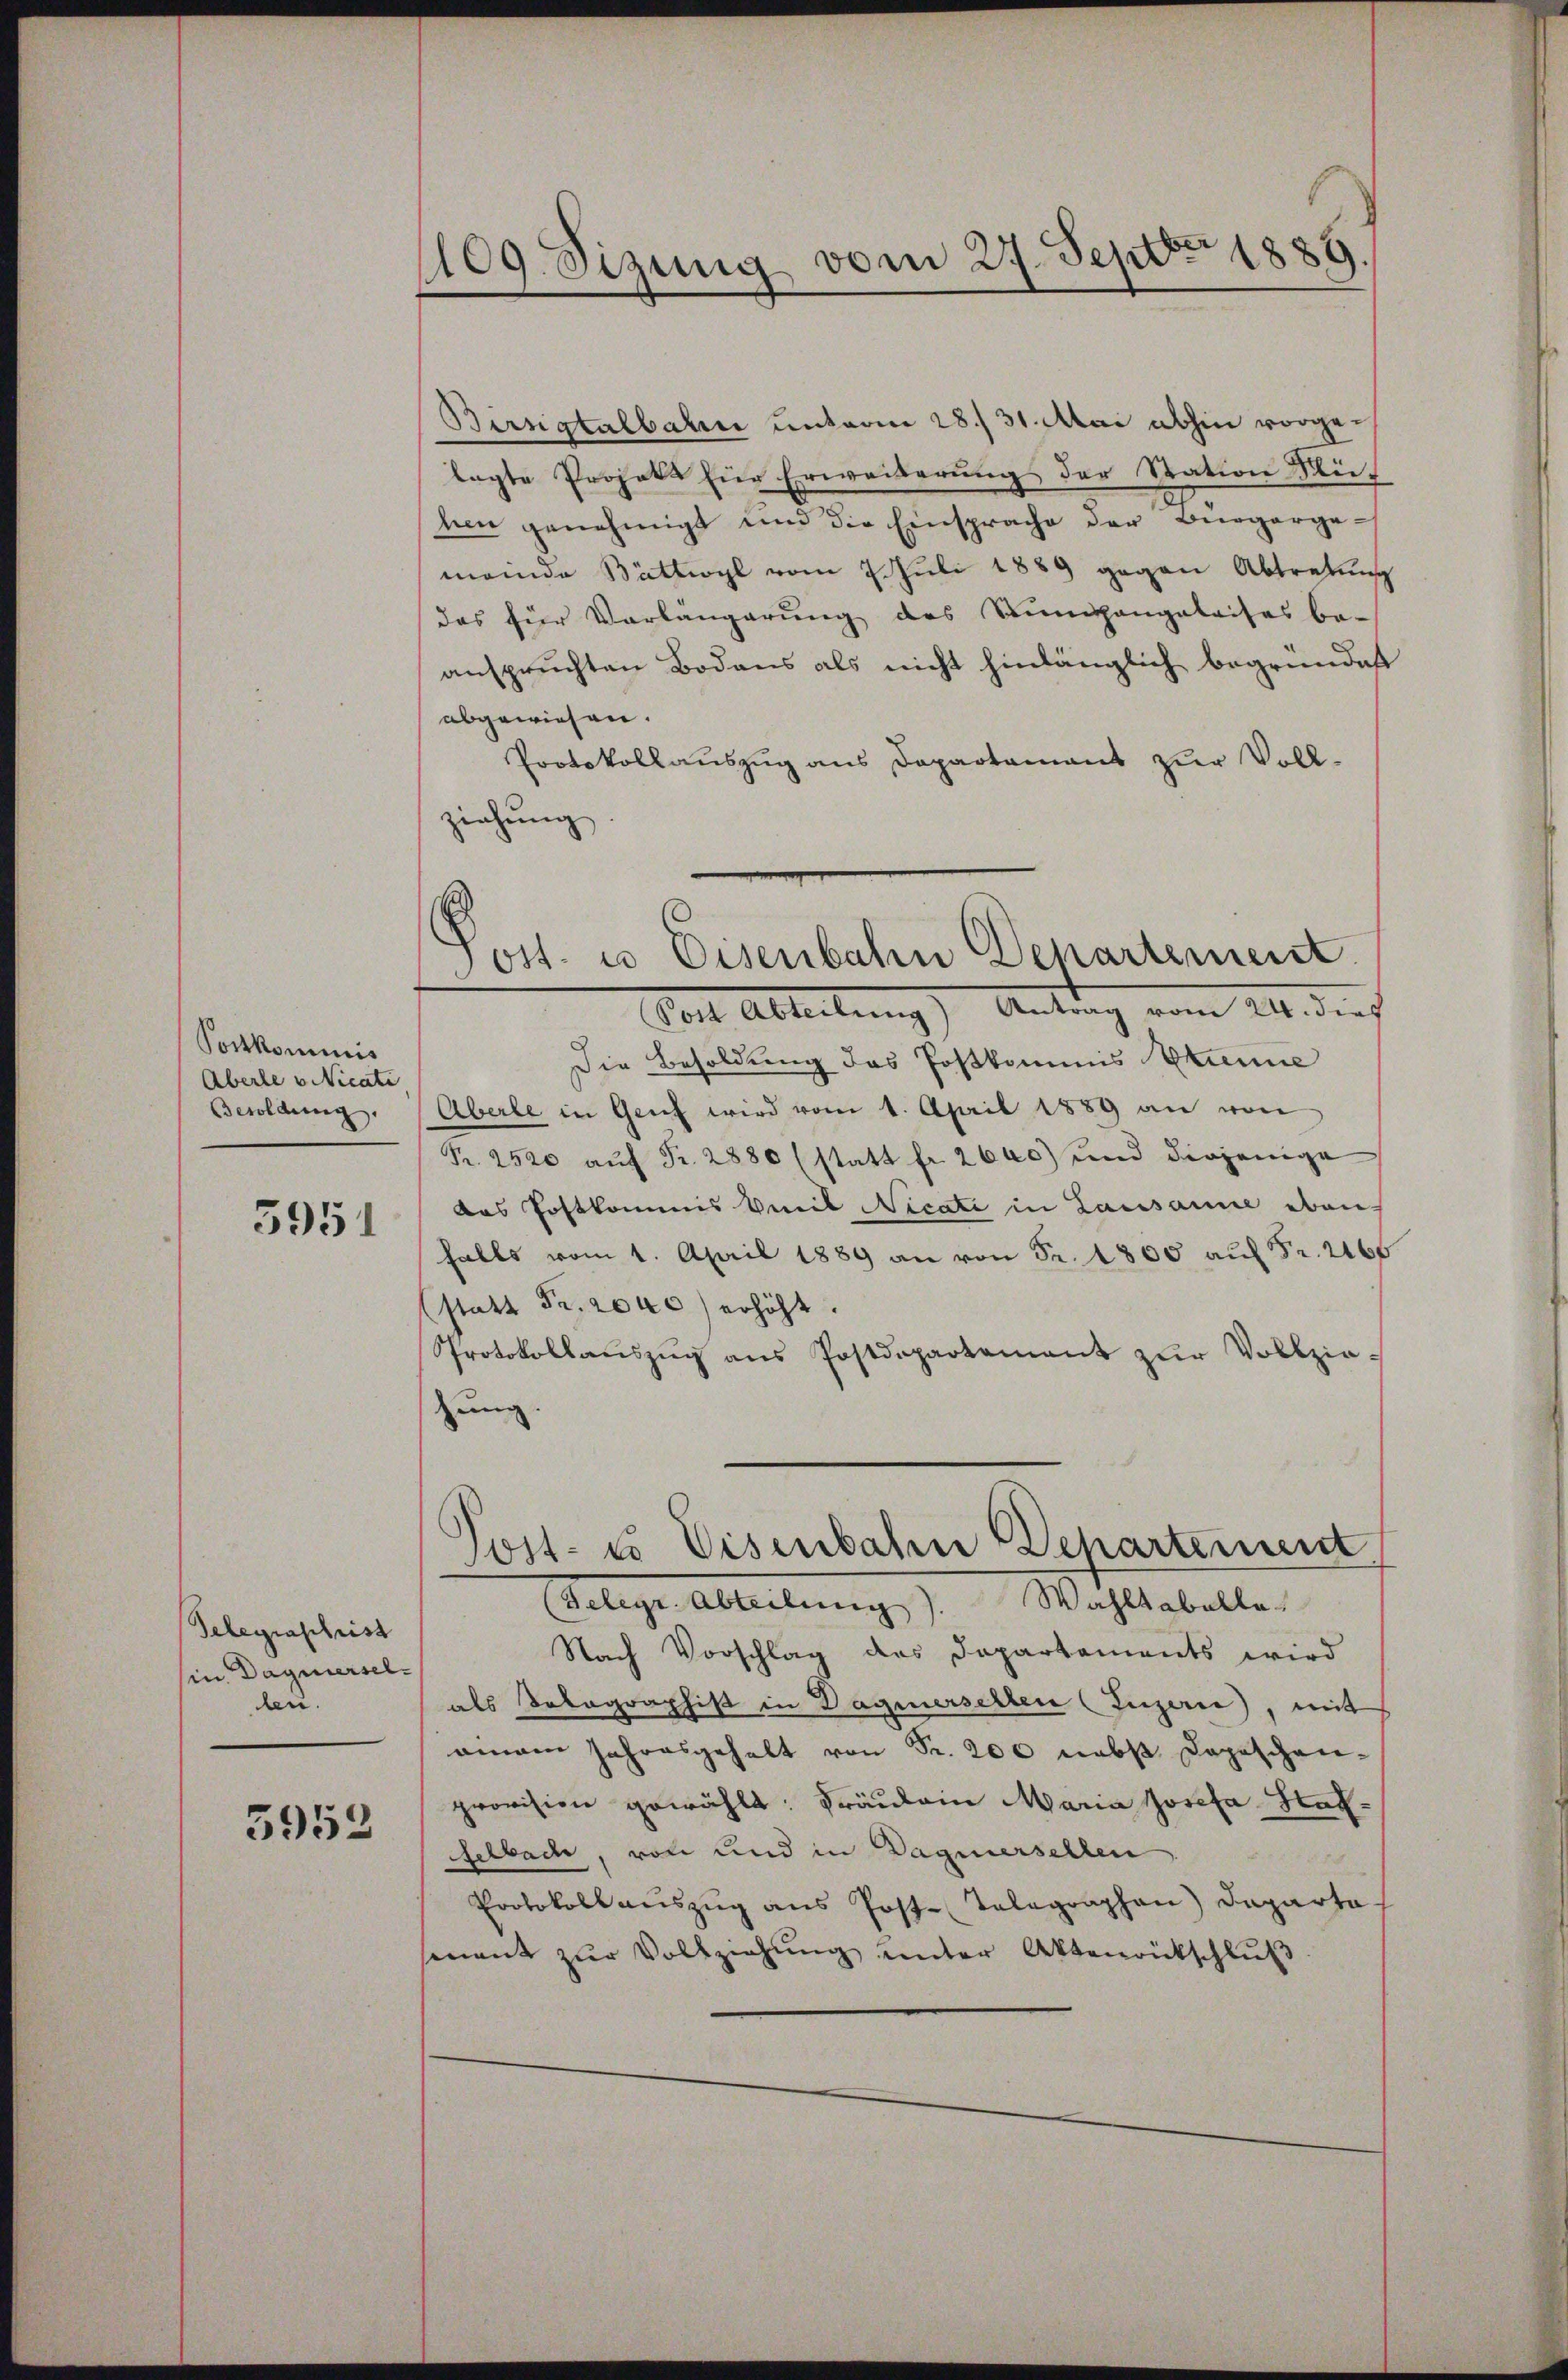
Porkommnis
Aberle vicati
Besoldung
5951

Telegraschrist
in Daquierselden.

5952

1109. Sizung vom 27. Septbr 1889.

Post. u Eisenbahn Departement.

Birrigtalbahn unterm 28./31. Mai abhin vorgelagte Projekt für Erweiterŭng der Station Muf
teen genehmigt und die Einsprache der Bürgergemende Bättwyl vom 2. Juli 1889 gegen Abtretung
das für Verlangerŭng des Sŭmangeleises be-
anspruchten Bodens als nicht hinlänglich begründet
abgewiesen.
Protokollauszug aus Departamant zur Vollziehung
Post Abteilung) Antrag vom 24. dies
Die Besoldung das Postkommis Brunne
Aberle in Genf wird vom 1. April 1889 an von
Pr. 2520 aŭf Fr. 2880 (statt fr. 2600) und diejenige
das Postkommis vil Nicati in Lausanne eben
falls vom 1. April 1889 an von Fr. 1800 auf Fr. 2166
(statt Fr. 2040) erhöht.
Protokollauszug aus Postdepartement zur Vollziezung.
Post- u Eisenbahn Departement
(Telegr. Abteilung). Wahltabelle
Nach Vorschlag des Departements wird
als Datographist in Dagnerselben (Luzerne, mit
amann Jahresgehalt von Fr. 200 nebst Depeschen-
provision gewählt: Fräulein Maria Josefa Nachfelbach, von und in Dagmersellen
Protokoll auszug aus Post-Telegraphen) Daparta
mant zŭr Vollziehŭng ŭnter Aktenrütschlŭβ